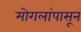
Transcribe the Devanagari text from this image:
मोगलांपासून